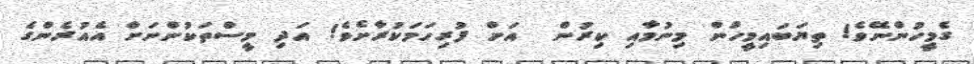
ގެމީހުންނޭވެ! ތިޔަބައިމީހުން މިނުމާއި ކިރުން  އަށް ފުރިހަމަކުރާށެވެ! އަދި މީސްތަކުންނަށް އެއުރެންގެ